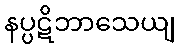
နပ္ပဋိဘာသေယျ